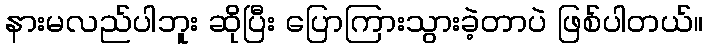
နားမလည်ပါဘူး ဆိုပြီး ပြောကြားသွားခဲ့တာပဲ ဖြစ်ပါတယ်။